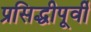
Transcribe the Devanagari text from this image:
प्रसिद्धीपूर्वी